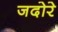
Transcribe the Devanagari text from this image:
जदोरे